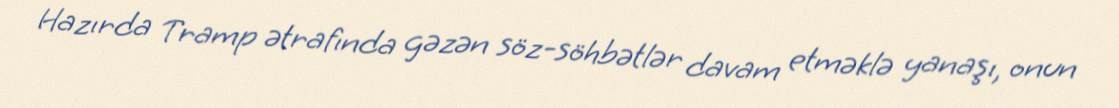
Hazırda Tramp ətrafında gəzən söz-söhbətlər davam etməklə yanaşı, onun